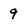
Character: 9